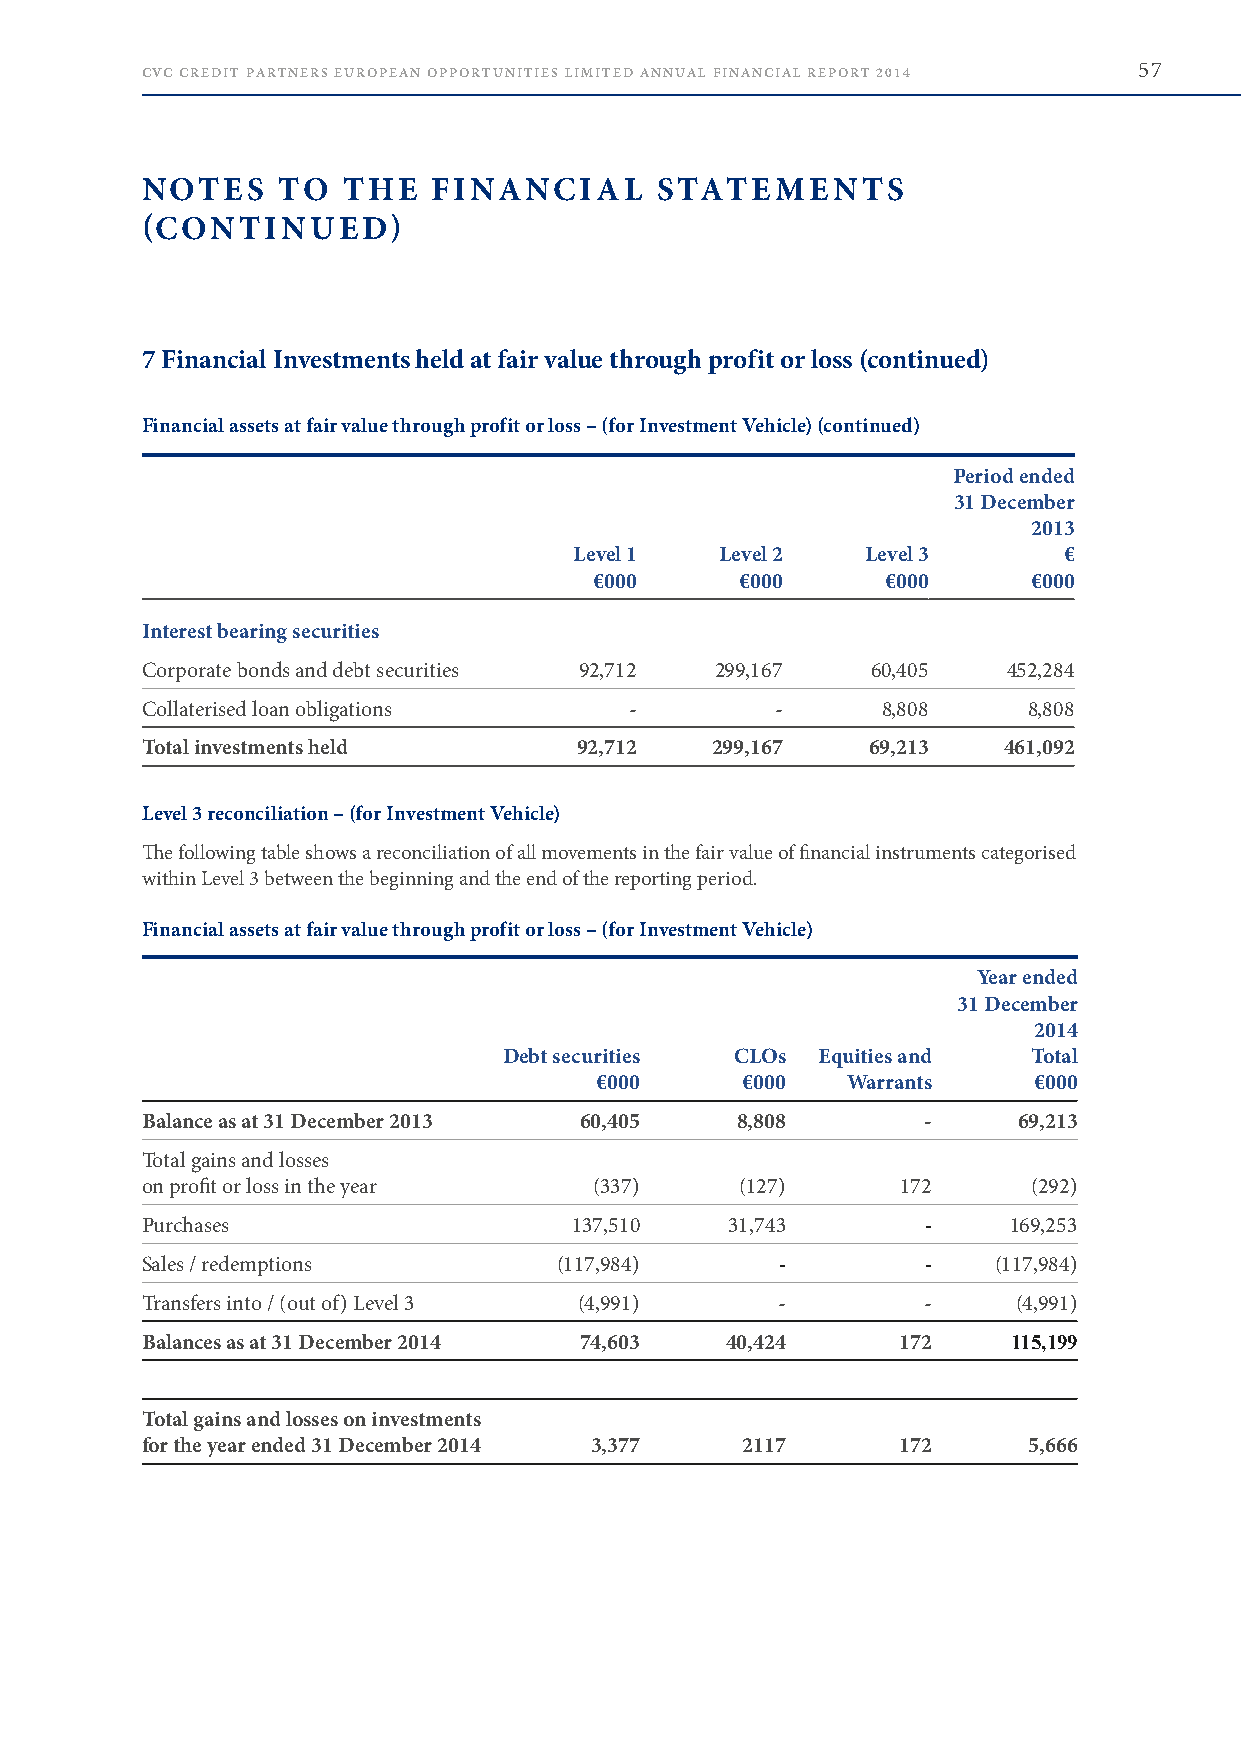
CVC CREDIT PARTNERS EUROPEAN OPPORTUNITIES LIMITED ANNUAL FINANCIAL REPORT 2014 57
 NOTES    TO   THE   FINANCIAL     STATEMENTS
 (CONTINUED)
 7 Financial Investments held at fair value through profit or loss (continued)
 Financial assets at fair value through profit or loss – (for Investment Vehicle) (continued)
 Period ended
 31 December
 2013
 Level 1   Level 2  Level 3      €
 €000      €000      €000     €000
 Interest bearing securities
 Corporate bonds and debt securities 92,712 299,167 60,405 452,284
 Collaterised loan obligations    -        -      8,808     8,808
 Total investments held       92,712   299,167   69,213   461,092
 Level 3 reconciliation – (for Investment Vehicle)
 The following table shows a reconciliation of all movements in the fair value of financial instruments categorised
 within Level 3 between the beginning and the end of the reporting period .
 Financial assets at fair value through profit or loss – (for Investment Vehicle)
 Year ended
 31 December
 2014
 Debt securities CLOs Equities and  Total
 €000      €000   Warrants    €000
 Balance as at 31 December 2013 60,405   8,808       -     69,213
 Total gains and losses
 on profit or loss in the year (337)     (127)      172     (292)
 Purchases                    137,510   31,743       -     169,253
 Sales / redemptions         (117,984)      -        -    (117,984)
 Transfers into / (out of) Level 3 (4,991) -         -     (4,991)
 Balances as at 31 December 2014 74,603 40,424     172     115,199
 Total gains and losses on investments
 for the year ended 31 December 2014 3,377 2117    172      5,666